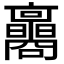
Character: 𡅟